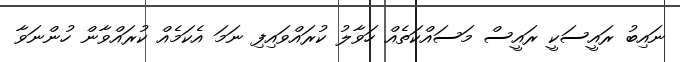
ނައިބު ރައީސަކީ ރައީސް މަސައްކަތެއް ހަވާލު ކުރައްވައިފި ނަމަ އެކަމެއް ކުރައްވާން ހުންނަވާ